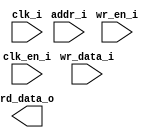
/*******************************************************************************
    Verilog netlist generated by IPGEN Radiant
    Soft IP Version: 1.0.0
    Sun Nov 25 22:20:59 2018
*******************************************************************************/
/*******************************************************************************
    Wrapper Module generated per user settings.
*******************************************************************************/
module jive_bootrom (clk_i, clk_en_i, wr_en_i, wr_data_i, addr_i, rd_data_o)/* synthesis syn_black_box syn_declare_black_box=1 */;
    input  clk_i;
    input  clk_en_i;
    input  wr_en_i;
    input  [31:0]  wr_data_i;
    input  [7:0]  addr_i;
    output  [31:0]  rd_data_o;
endmodule